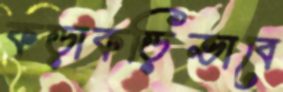
কড়াকড়িভাবে